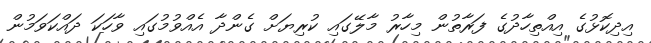
އިދިކޮޅުގެ އިއްތިހާދުގެ ފަރާތުން މިހާރު މާލޭގައި ކުރިޔަށް ގެންދާ އެއްވުމުގައި ވާހަކަ ދައްކަވަމުން